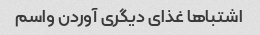
اشتباها غذای دیگری آوردن واسم